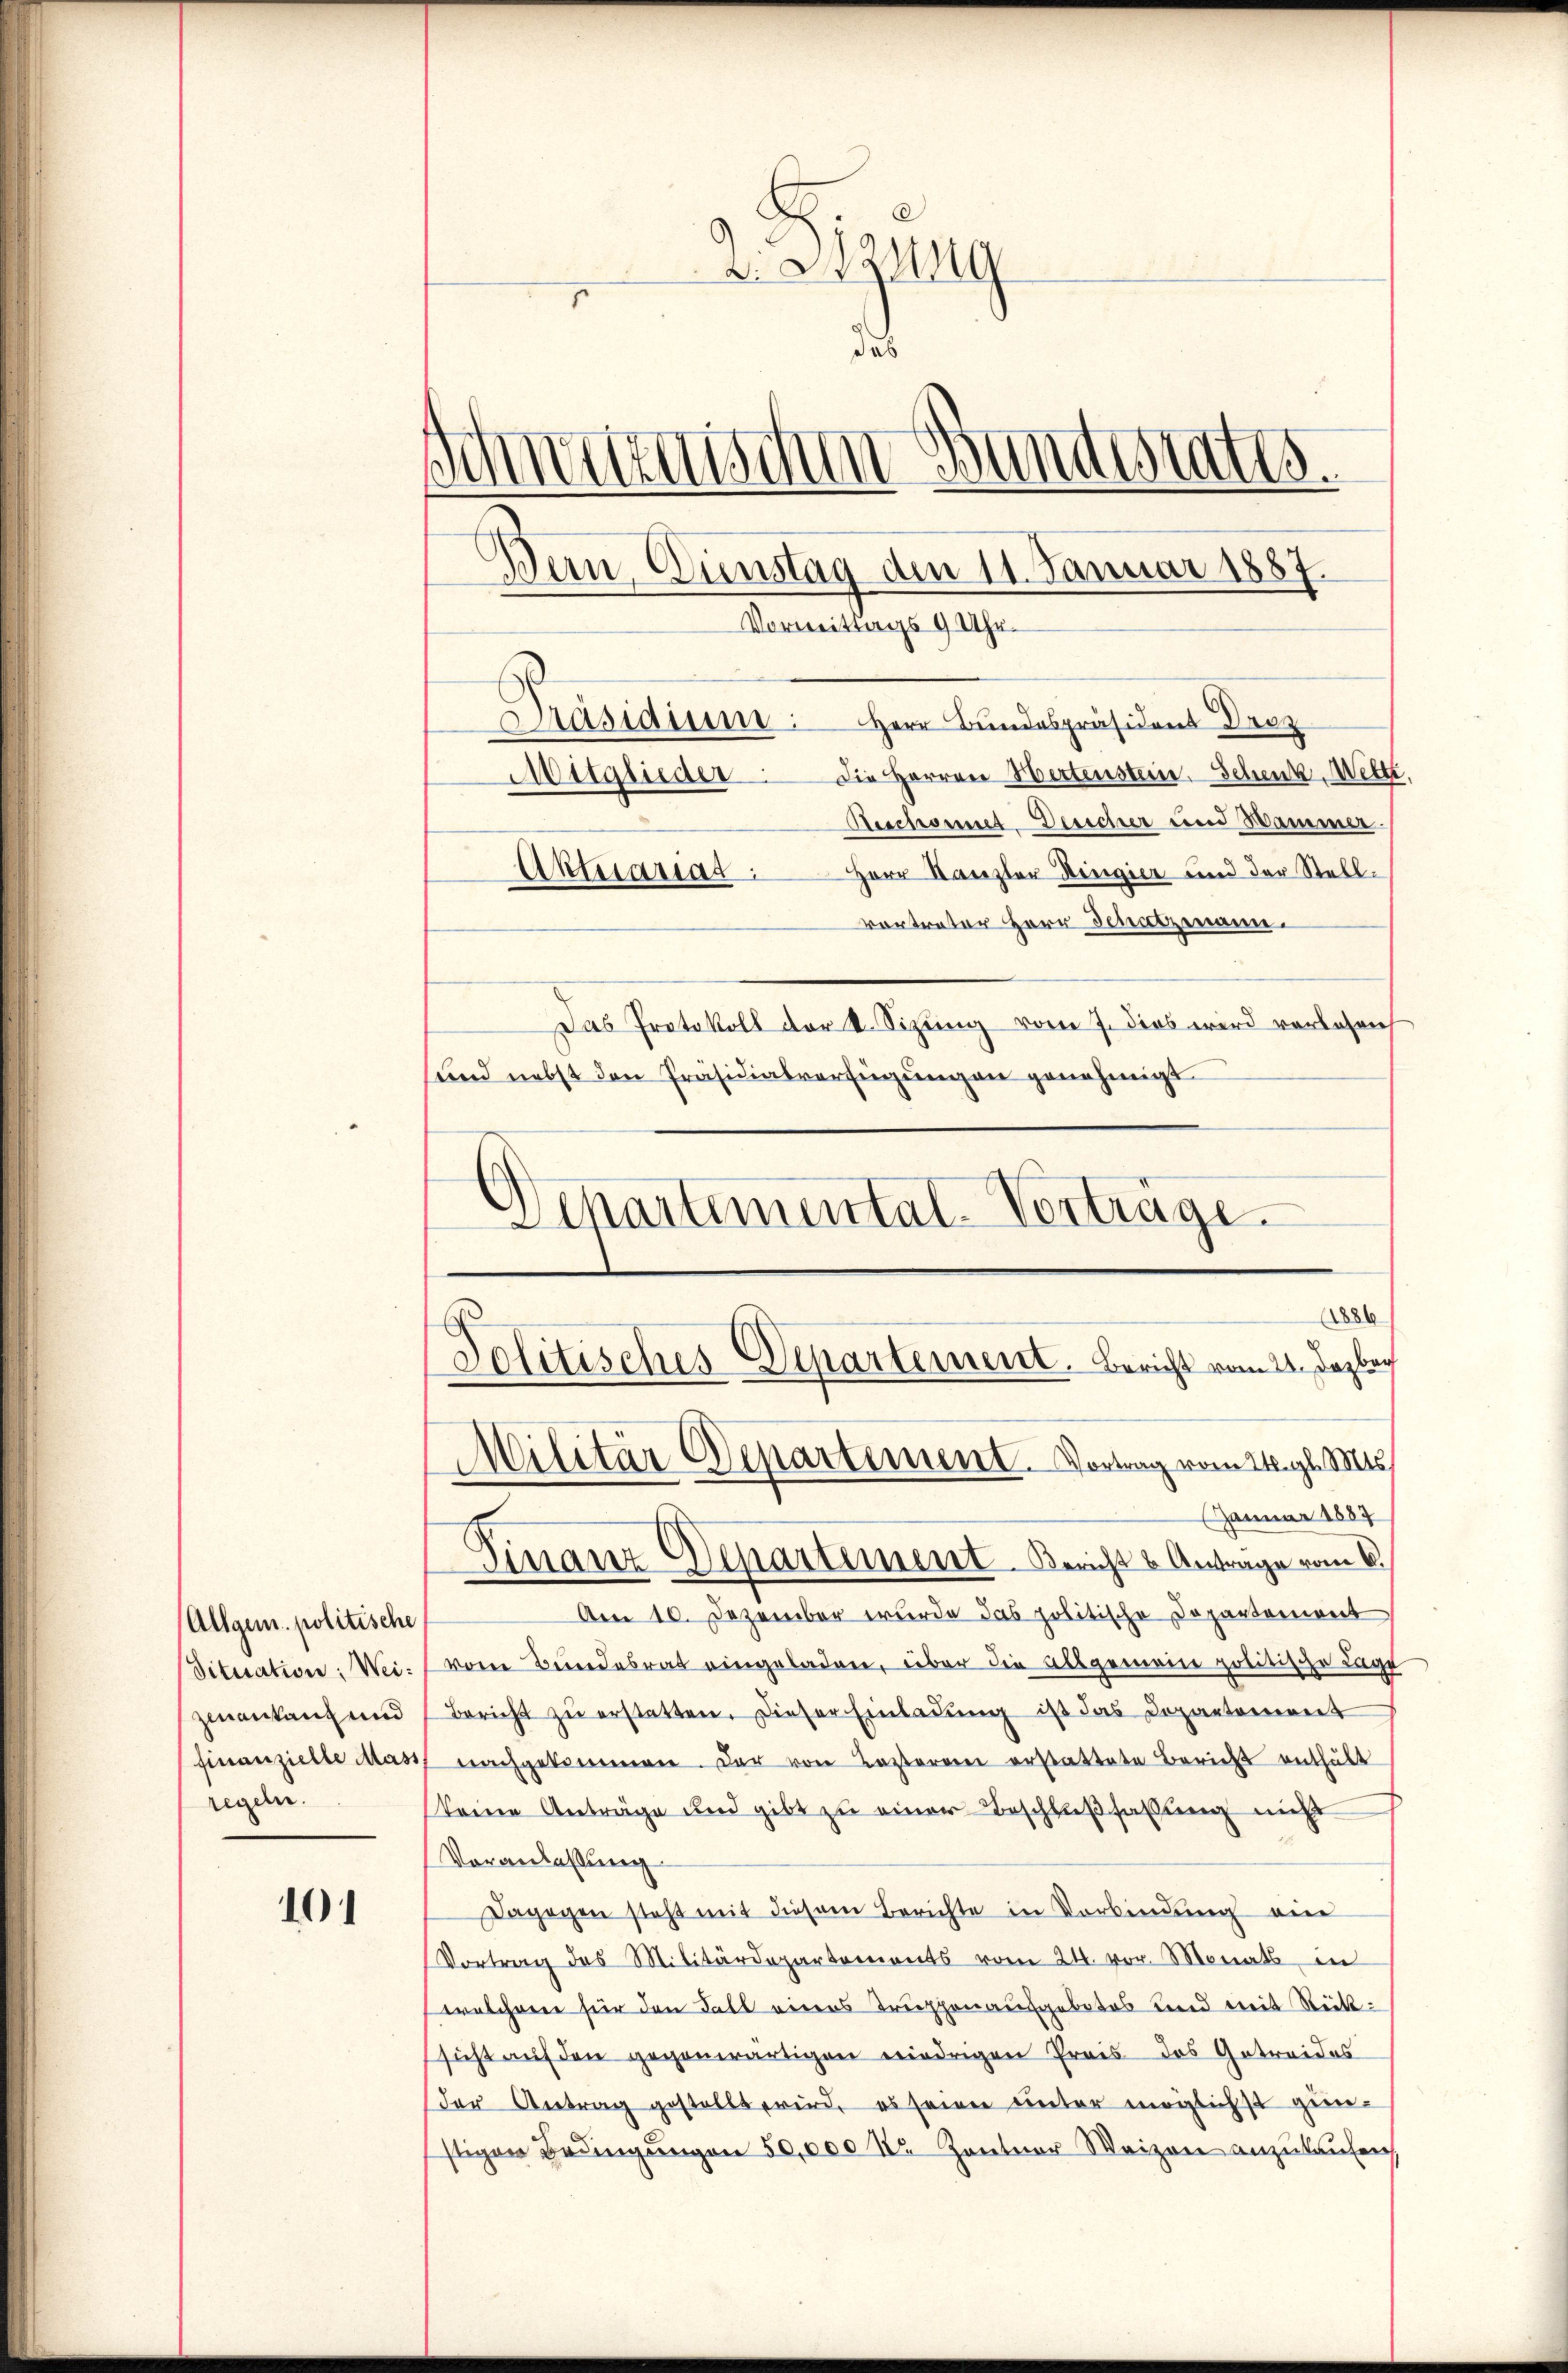
Allgem. politische
Situation: Weizmautant und
finanzielle Mass
regeln.

101

Z. Sitzung
.
das
Schnitze
Präsidiu: Herr Bundespräsident Dr
Ausiquider. Die Herren Wertenstein. Schenk Wette,
Aeschonet Bericher und Hammer.
Herr Kanzler Ringier und der Stell¬
Aktuariat
vortreter Herr Schatzmann.
Das Protokoll der k. Sizung vom 7. dies wird verlesen
sund nebst den Präsidialverfügungen genehmigt.
Departemental-Vorträge.

nm Bundesrates.
Bern Einstag den 11. Januar 1887.
Vormittags 9 Uhr.

(1886
Politisches Departement. Bericht vom 21. Dezber
Militär Departement. Vortrag vom 24. gl. Mts.
Januar 1887
Finanz-Departement. Bericht u Anträge vom 6.

Am 10. Dezember wurde das politische Departement
von Bundesrat eingeladen, über die allgemein politische Lage
bericht zŭ erstatten. Dieser Einladŭng ist das Departement
 nachgekommen. Der von Lasteren erstattete Bericht enthält
keine Anträge und gibt zu einer Beschlußfassung nicht
Veranlaßung
Dagegen steht mit diesem Berichte in Vorbindung ein
Vortrag des Militärdepartements vom 24. vor. Monats in
welchene für den Fall eines Truppenaufgebotes und mit Rücksicht auf den gegenwärtigen niedrigen Preis das Getreides
der Antrag gestellt wird, es seine unter möglichst gin
stigen Bedingŭngen 50,000 Fr. Zentner Waizen anzŭlaŭfen